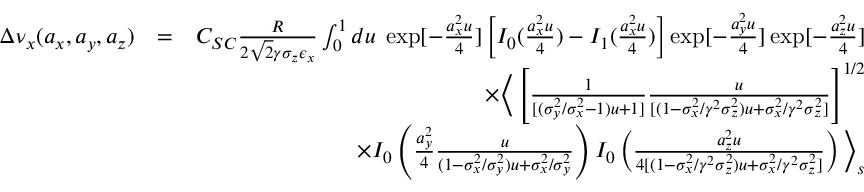
\begin{array} { r l r } { \Delta \nu _ { x } ( a _ { x } , a _ { y } , a _ { z } ) } & { = } & { C _ { S C } \frac { R } { 2 \sqrt { 2 } \gamma \sigma _ { z } \epsilon _ { x } } \int _ { 0 } ^ { 1 } d u \; \exp [ - \frac { a _ { x } ^ { 2 } u } { 4 } ] \left[ I _ { 0 } ( \frac { a _ { x } ^ { 2 } u } { 4 } ) - I _ { 1 } ( \frac { a _ { x } ^ { 2 } u } { 4 } ) \right] \exp [ - \frac { a _ { y } ^ { 2 } u } { 4 } ] \exp [ - \frac { a _ { z } ^ { 2 } u } { 4 } ] } \\ & { } & { \times \Big \langle \left[ \frac { 1 } { [ ( \sigma _ { y } ^ { 2 } / \sigma _ { x } ^ { 2 } - 1 ) u + 1 ] } \frac { u } { [ ( 1 - \sigma _ { x } ^ { 2 } / \gamma ^ { 2 } \sigma _ { z } ^ { 2 } ) u + \sigma _ { x } ^ { 2 } / \gamma ^ { 2 } \sigma _ { z } ^ { 2 } ] } \right] ^ { 1 / 2 } } \\ & { } & { \times I _ { 0 } \left( \frac { a _ { y } ^ { 2 } } { 4 } \frac { u } { ( 1 - \sigma _ { x } ^ { 2 } / \sigma _ { y } ^ { 2 } ) u + \sigma _ { x } ^ { 2 } / \sigma _ { y } ^ { 2 } } \right) I _ { 0 } \left( \frac { a _ { z } ^ { 2 } u } { 4 [ ( 1 - \sigma _ { x } ^ { 2 } / \gamma ^ { 2 } \sigma _ { z } ^ { 2 } ) u + \sigma _ { x } ^ { 2 } / \gamma ^ { 2 } \sigma _ { z } ^ { 2 } ] } \right) \Big \rangle _ { s } } \end{array}